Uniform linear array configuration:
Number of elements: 16
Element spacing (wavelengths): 0.5
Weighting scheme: cosine
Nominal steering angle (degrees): -45
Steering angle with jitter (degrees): -43.43
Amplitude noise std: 0.05
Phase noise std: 0.05

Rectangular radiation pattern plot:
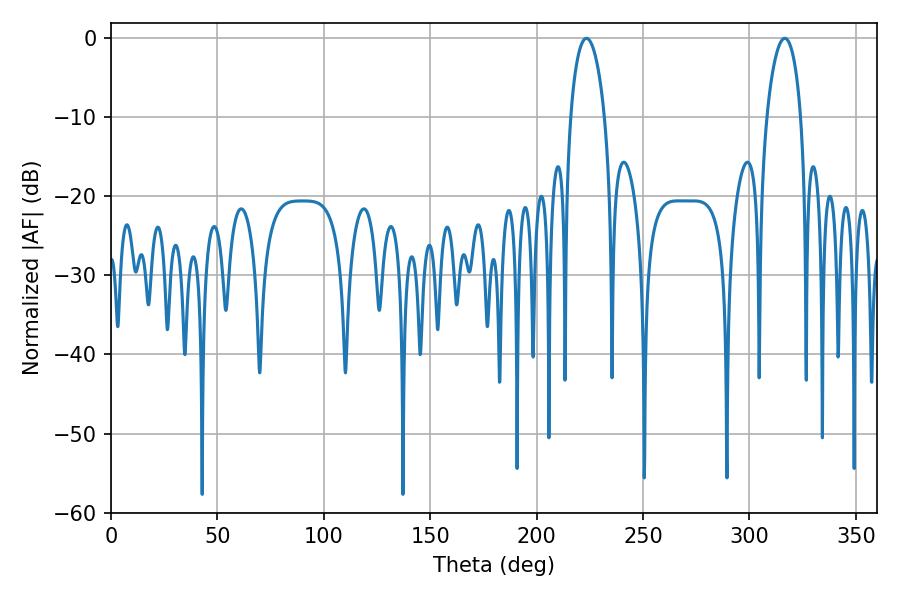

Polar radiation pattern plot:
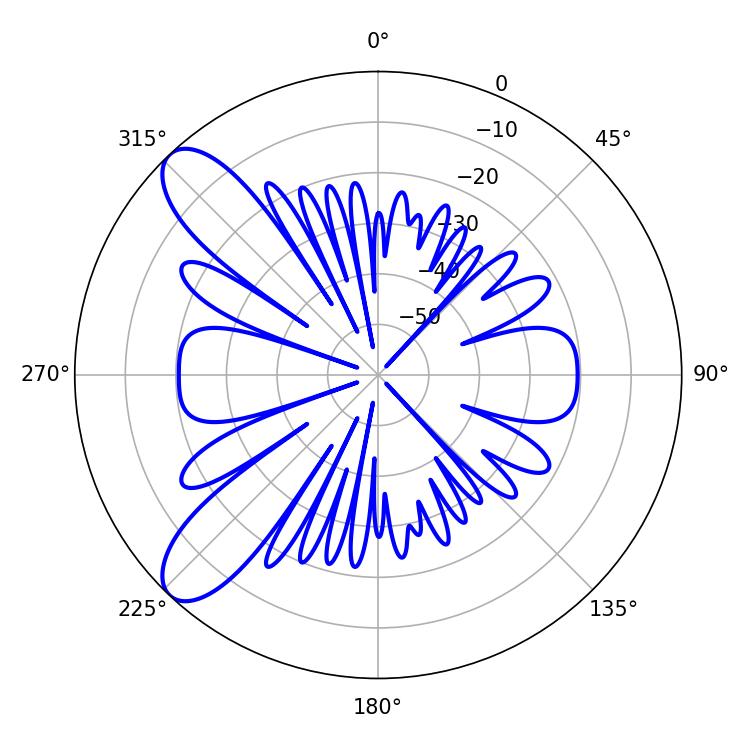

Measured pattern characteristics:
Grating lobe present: FALSE
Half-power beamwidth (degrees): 9
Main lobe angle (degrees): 223.38